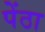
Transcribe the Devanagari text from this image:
पेंठा